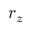
r _ { z }